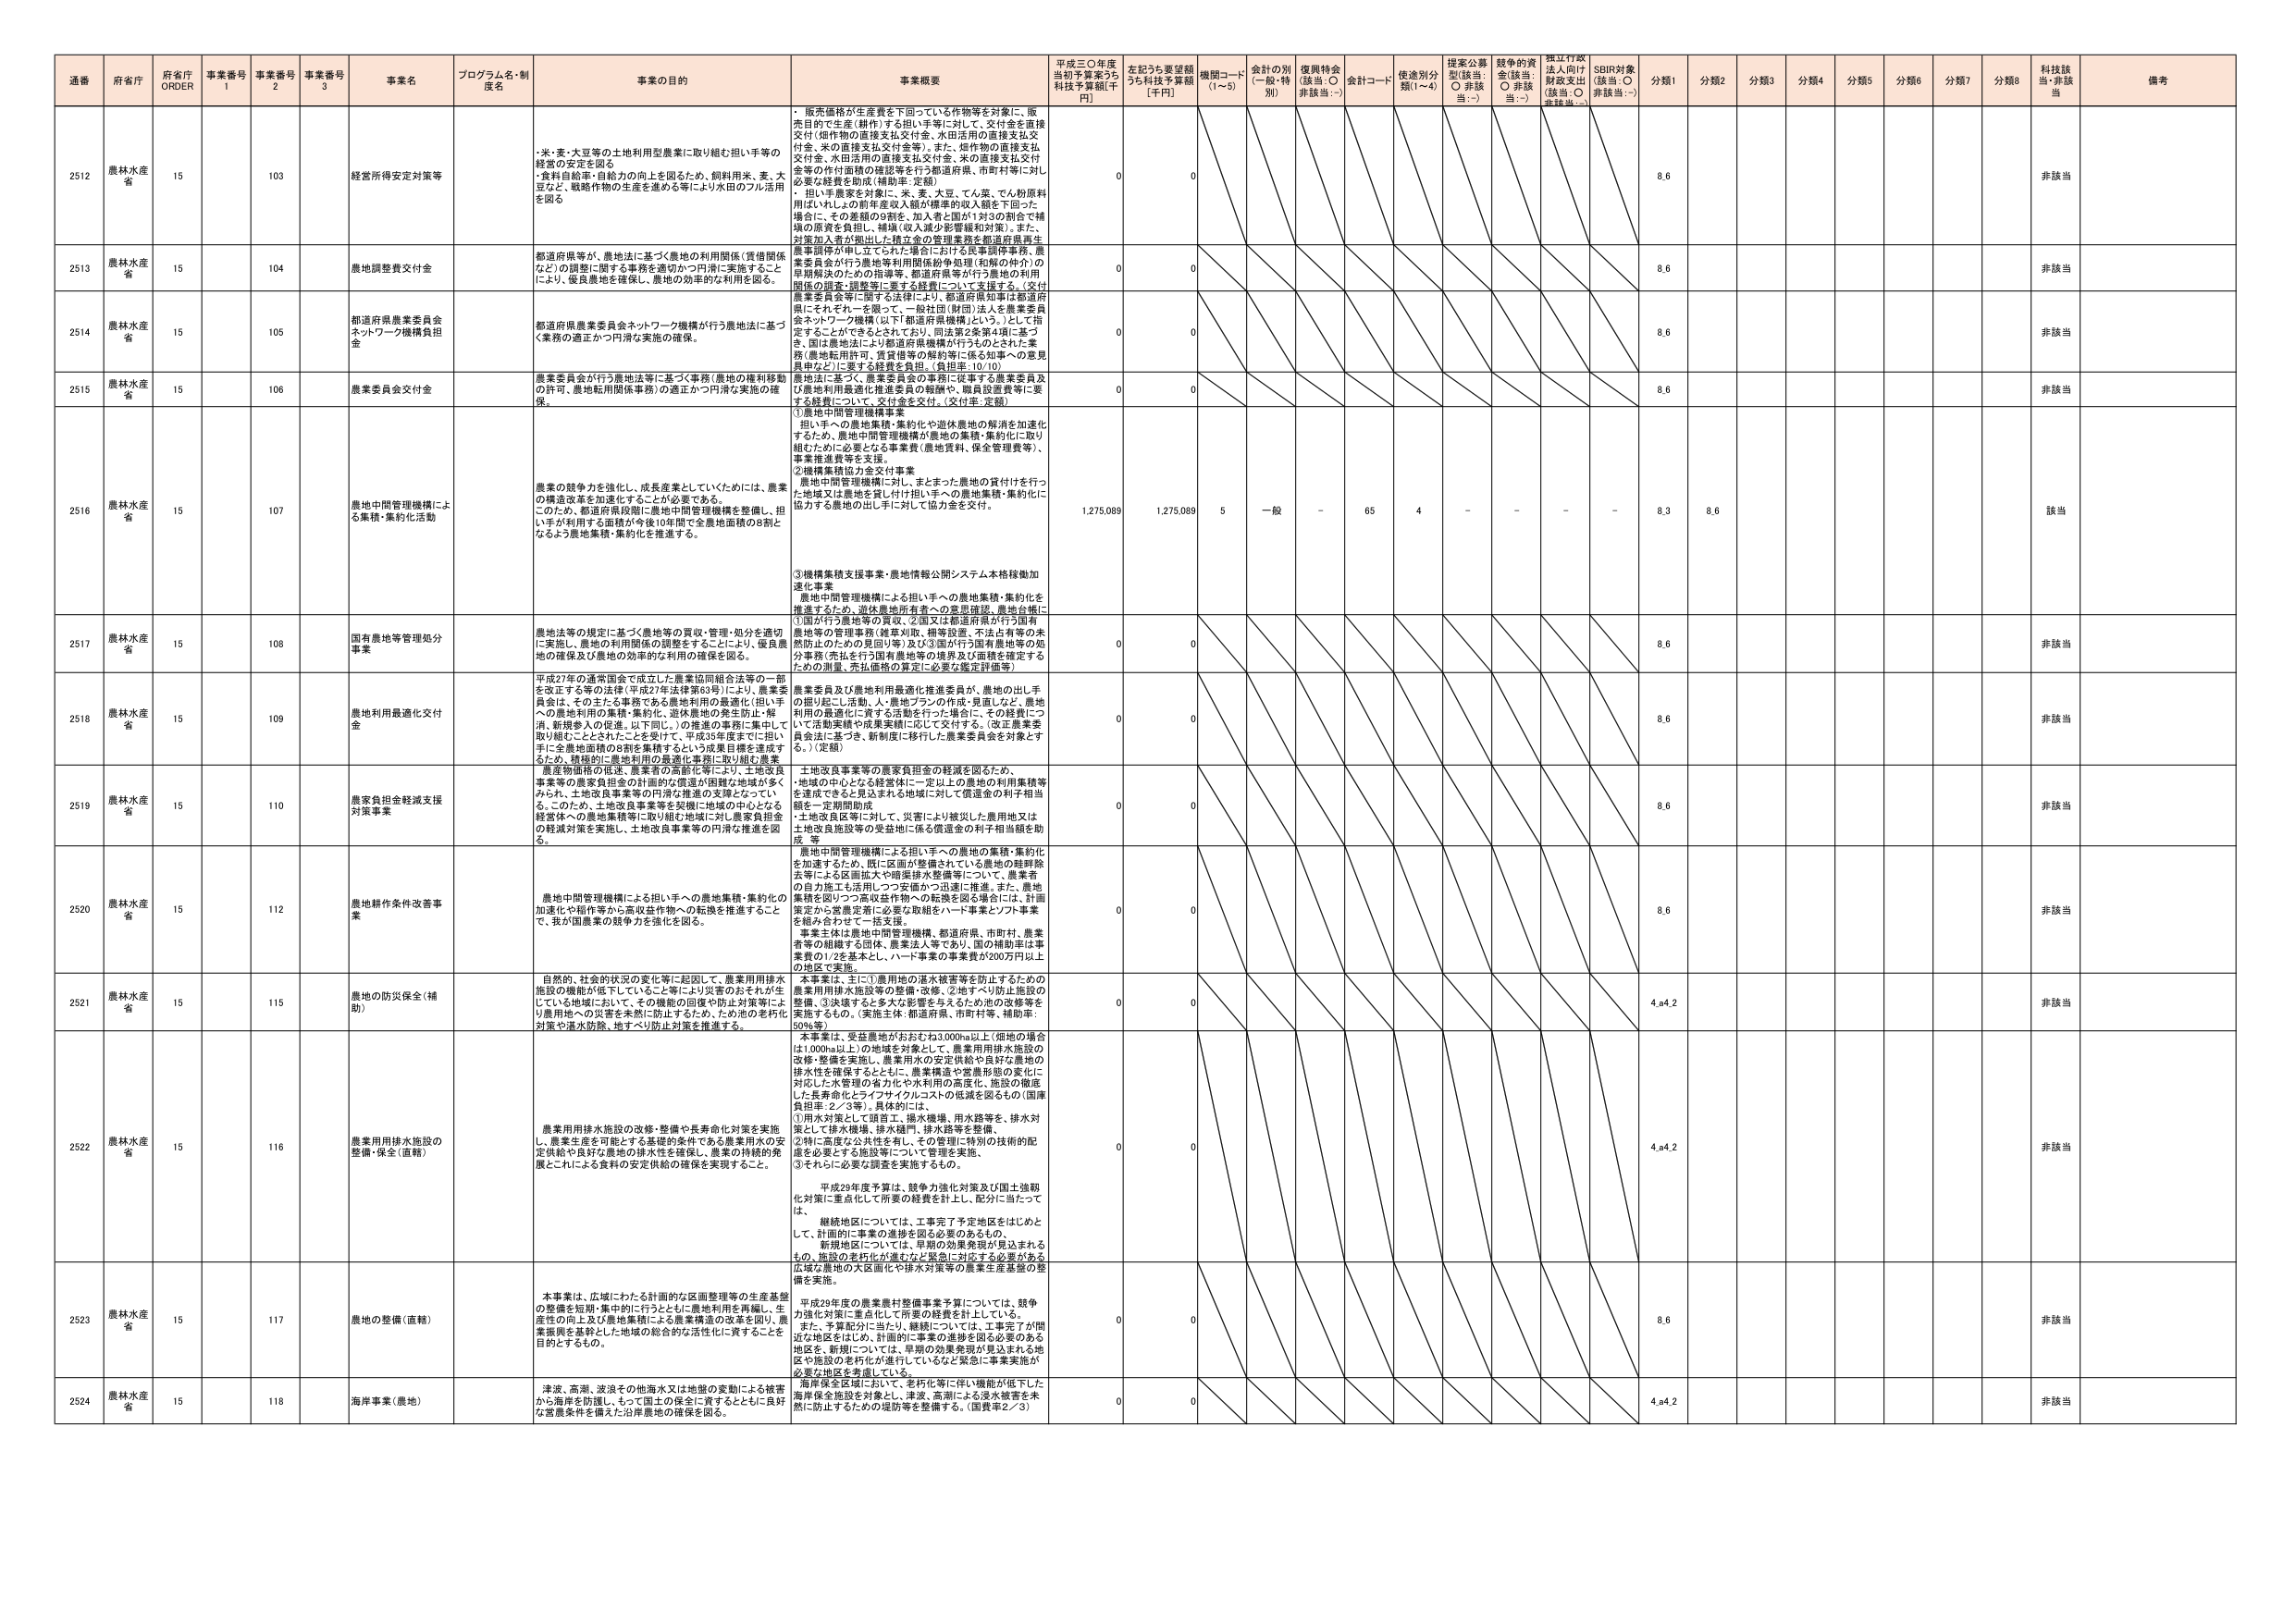
通番 府省庁 府省庁 ORDER 事業番号 1 事業番号 2 事業番号 3 事業名 プログラム名・制度名 事業の目的 事業概要 平成三〇年度当初予算案うち 科技予算額[千円] 左記うち要望額うち科技予算額[千円] 機関コード (1~5) 金計の別 (一般・特別) 復興特金 (該当:○ 非該当:－) 金計コード 使途別分類(1~4) 提案公募型(該当:○ 非該当:－) 競争的資金(該当:○ 非該当:－) 指定行政法人向け財政支出(該当:○ 非該当:－) SDBR対象(該当:○ 非該当:－) 分類1 分類2 分類3 分類4 分類5 分類6 分類7 分類8 科技該当・非該当 備考

2512 農林水産省 15 103 経営所得安定対策等 ・米・麦・大豆等の土地利用型農業に取り組む担い手等の経営の安定を図る ・食料自給率・自給力の向上を図るため、飼料用米、麦、大豆など、戦略作物の生産を進める等により水田のフル活用を図る ・販売価格が生産費を下回っている作物等を対象に、販売目的で生産(耕作)する担い手等に対して、交付金を直接交付(穀作物の直接支払交付金、水田活用の直接支払交付金、米の直接支払交付金等)。また、畑作物の直接支払交付金、水田活用の直接支払交付金、米の直接支払交付金等の作付面積の確認等を行う都道府県、市町村等に対し必要な経費を助成(補助率:定額)。 ・担い手農家を対象に、米、麦、大豆、てん菜、てん粉原料用いもしからの前年度収入額が標準的収入額を下回った場合に、その差額の9割を、加入者と国が1対3の割合で補填の原資を負担し、補填(収入減少影響緩和対策)。また、対策加入者が拠出した積立金の管理業務を都道府県農業振興事務所が中心として行う場合における民事調停事務、農業委員会が行う農地等利用関係紛争処理や農地の紛争の早期解決のための指導等、都道府県等が行う農地の利用関係の調査・調整等に要する経費について支援する。(交付農業委員会等に関する法律により、都道府県知事は都道府県にそれぞれ一を限って、一般社団(財団)法人を農業委員会ネットワーク機構(以下「都道府県機構」という。)として指定することができるときされており、同法第2条第4項に基づき、国は農地法により都道府県機構が行うものとされた業務(農地転用許可、賃貸借等の解約等に係る知事への意見具申など)に要する経費を負担。(負担率:10:10) 農地法に基づく、農業委員会の事務に従事する農業委員及び農地利用最適化推進委員の報酬や、職員設置費等に要する経費について、交付金を交付。(交付率:定額) 0 0 8.6 非該当

2513 農林水産省 15 104 農地調整費交付金 都道府県等が、農地法に基づく農地の利用関係(賃借関係など)の調整に関する事務を適切かつ円滑に実施することにより、農業農地を確保し、農地の効率的な利用を図る。 0 0 8.6 非該当

2514 農林水産省 15 105 都道府県農業委員会ネットワーク機構負担金 都道府県農業委員会ネットワーク機構が行う農地法に基づく業務の適正かつ円滑な実施の確保。 0 0 8.6 非該当

2515 農林水産省 15 106 農業委員会交付金 農業委員会が行う農地法等に基づく事務(農地の権利移動の許可、農地転用関係事務)の適正かつ円滑な実施の確保。 0 0 8.6 非該当

2516 農林水産省 15 107 農地中間管理機構による集積・集約化活動 農業の競争力を強化し、成長産業としていくためには、農業の構造改革を加速化することが必要である。このため、都道府県段階に農地中間管理機構を整備し、担い手が利用する面積が今後10年間で全農地面積の8割となるよう農地集積・集約化を推進する。 ①農地中間管理機構事業 担い手への農地集積・集約化や遊休農地の解消を加速化するため、農地中間管理機構が農地の集積・集約化に取り組むために必要となる事業費(農地賃料、保全管理費等)、事業推進費等を支援。 ②機構集積協力金交付事業 農地中間管理機構に対し、まとまった農地の貸付けを行った地域又は農地を貸し付け担い手への農地集積・集約化に協力する農地の出し手に対して協力金を交付。 ③機構集積支援事業・農地情報公開システム本格稼働加速化事業 農地中間管理機構による担い手への農地集積・集約化を推進するため、遊休農地所有者への意思確認、農地台帳に①国が行う農地等の買収、②国又は都道府県が行う国有農地等の管理事務(農業利用、開発設置、不法占有等の未然防止のための見回り等)及び③国が行う国有農地等の処分事務(売払を行う国有農地等の境界及び面積を確定するための測量、売払価格の算定に必要な鑑定評価等) 1,275,089 1,275,089 5 一般 - 65 4 - - - - 8.3 8.6 該当

2517 農林水産省 15 108 国有農地等管理処分事業 農地法等の規定に基づく農地等の買収・管理・処分を適切に実施し、農地の利用関係の調整をすることにより、優良農地の確保及び農地の効率的な利用の確保を図る。 0 0 8.6 非該当

2518 農林水産省 15 109 農地利用最適化交付金 平成27年の通常国会で成立した農業協同組合法等の一部を改正する等の法律(平成27年法律第63号)により、農業委員会は、その主たる事務である農地利用の最適化(担い手への農地利用の集積・集約化、遊休農地の発生防止・解消、新規参入の促進。以下同じ。)の推進の事務に集中して取り組むこととされたことを受けて、平成28年度までに担い手に全農地面積の8割を集積するという成果目標を達成するため、積極的に農地利用の最適化事務に取り組む農業委員会及び農地利用最適化推進委員が、農地の出し手の掘り起こし活動、人・農地プラットの作成・見直しなど、農地利用の最適化に資する活動を行った場合に、その経費について活動費や成果実績に応じて交付する。(改正農業委員会法に基づき、新制度に移行した農業委員会を対象とする。)(定額) 0 0 8.6 非該当

2519 農林水産省 15 110 農家負担軽減支援対策事業 農産物価格の低迷、農業者の高齢化等により、土地改良事業等の農家負担金の計画的な償還が困難な地域が多くみられ、土地改良事業等の円滑な推進の支障となってい る。このため、土地改良事業等を契機に地域の中心となる経営体への農地集積等に取り組む地域に対し農家負担金の軽減対策を実施し、土地改良事業等の円滑な推進を図る。 土地改良事業等の農家負担金の軽減を図るため、 ・地域の中心となる経営体に一定以上の農地の利用集積等を達成できることを見込まれる地域に対して償還金の利子相当額を一定期間助成 ・土地改良区等に対して、災害により被災した農用地又は土地改良施設等の受益地に係る償還金の利子相当額を助成 等 0 0 8.6 非該当

2520 農林水産省 15 112 農地耕作条件改善事業 農地中間管理機構による担い手への農地集積・集約化の加速化や稲作等から高収益作物への転換を推進することで、我が国農業の競争力を強化を図る。 農地中間管理機構による担い手への農地の集積・集約化を加速するため、既に区画が整備されている農地の畦畔除去等による区画拡大や暗渠排水整備等について、農業者の協力施工作業用にかつ安価かつ迅速に推進。また、農地集積を図りつつ高収益作物への転換を図る場合には、計画策定から整備定着に必要な取組をハード事業とソフト事業を組み合わせて一括支援。 事業主体は農地中間管理機構、都道府県、市町村、農業者等の組織する団体、農業法人等であり、国の補助率は事業費の1/2を基本とし、ハード事業の事業費が200万円以上の地区で実施 0 0 8.6 非該当

2521 農林水産省 15 115 農地の防災保全(補助) 自然的、社会的状況の変化等に起因して、農業用排水施設の機能が低下していること等により災害のおそれが生じている地域において、その機能の回復や防止対策等により農用地への災害を未然に防止するため、ため池の老朽化対策や洪水防除、地すべり防止対策を推進する。 本事業は、主に①農用地の洪水被害等を防止するための農業用排水施設等の整備・改修、②地すべり防止施設の整備、③決壊するおそれのあるため池の改修等を実施するもの。(実施主体:都道府県、市町村等、補助率:50%等) 0 0 4,4,2 非該当

2522 農林水産省 15 116 農業用排水施設の整備・保全(直轄) 農業用排水施設の改修・整備や長寿命化対策を実施し、農業生産を可能とする基礎的条件である農業用水の安定供給や良好な農地の排水性を確保し、農業の持続的発展ことによる食料の安定供給の確保を実現すること。 本事業は、受益農地がおおむね3,000ha以上(畑地の場合は1,000ha以上)の地域を対象として、農業用排水施設の改修・整備を実施し、農業用水の安定供給や良好な農地の排水性を確保するとともに、農業構造や営農形態の変化に対応した水管理の省力化や水利用の高度化、施設の徹底した長寿命化とライフサイクルコストの低減を図るもの(国庫負担率:2／3等)。具体的には、 ①用水対策として頭首工、揚水機場、用水路等を、排水対策として排水機場、排水樋門、排水路等を整備、 ②特に高度な公共性を有し、その管理に特別の技術的配慮を必要とする施設等について管理を実施、 ③それに必要な調査を実施するもの。 平成29年度予算は、競争力強化対策及び国土強靭化対策に重点化して所要の経費を計上し、配分に当たっては、 継続地区については、工事完了予定地区をはじめとして、計画的に事業の進捗を図る必要のあるもの、 新規地区については、早期の効果発現が見込まれるもの、施設の老朽化が進むなど緊急に対応する必要がある旧域な農地の大臣面化や排水対策等の農業生産基盤の整備を実施。 0 0 4,4,2 非該当

2523 農林水産省 15 117 農地の整備(直轄) 本事業は、広域にわたる計画的な区画整理等の生産基盤の整備を短期・集中的に行うとともに農地利用を再編し、生産性の向上及び農地集積による農業構造の改革を図り、農業振興を基幹とした地域の総合的な活性化に資することを目的とするもの。 平成29年度の農業農村整備事業予算については、競争力強化対策に重点化した所要の経費を計上している。 また、予算配分に当たり、継続については、工事完了が間近な地区をはじめ、計画的に事業の進捗を図る必要のある地区を、新規については、早期の効果発現が見込まれる地区や施設の老朽化が進行しているなど緊急に事業実施が必要な地区を考慮している。 0 0 8.6 非該当

2524 農林水産省 15 118 海岸事業(農地) 津波、高潮、波浪その他海水又は地盤の変動による被害から海岸を防護し、もって国土の保全に資するとともに良好な営農条件を備えた沿岸農地の確保を図る。 海岸保全区間において、老朽化等に伴い機能が低下した海岸保全施設を対象とし、津波、高潮による浸水被害を未然に防止するための堤防等を整備する。(国費率2／3) 0 0 4,4,2 非該当